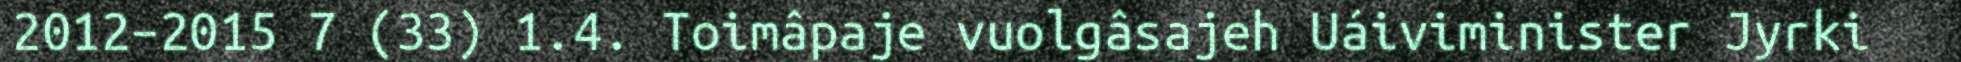
2012–2015 7 (33) 1.4. Toimâpaje vuolgâsajeh Uáiviminister Jyrki